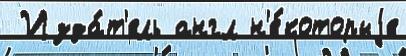
 Изда́т'ель англ н'е́которыjе